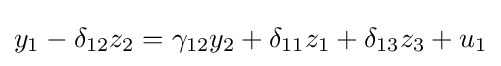
y_{1}-\delta _{12}z_{2}=\gamma _{12}y_{2}+\delta _{11}z_{1}+\delta _{13}z_{3}+u_{1}